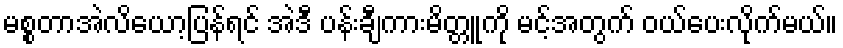
မစ္စတာအဲလိယော့ပြန်ရင် အဲဒီ ပန်းချီကားမိတ္တူကို မင့်အတွက် ဝယ်ပေးလိုက်မယ်။